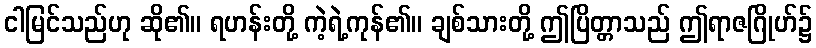
ငါမြင်သည်ဟု ဆို၏။ ရဟန်းတို့ ကဲ့ရဲ့ကုန်၏။ ချစ်သားတို့ ဤပြိတ္တာသည် ဤရာဇဂြိုဟ်၌